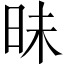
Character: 昧